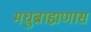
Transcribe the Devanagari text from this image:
मधुब्राह्मणास